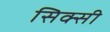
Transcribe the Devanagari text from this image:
सिक्सी